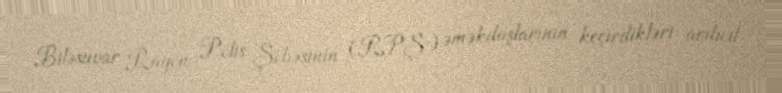
Biləsuvar Rayon Polis Şöbəsinin (RPŞ) əməkdaşlarının keçirdikləri ardıcıl